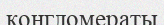
конгломераты